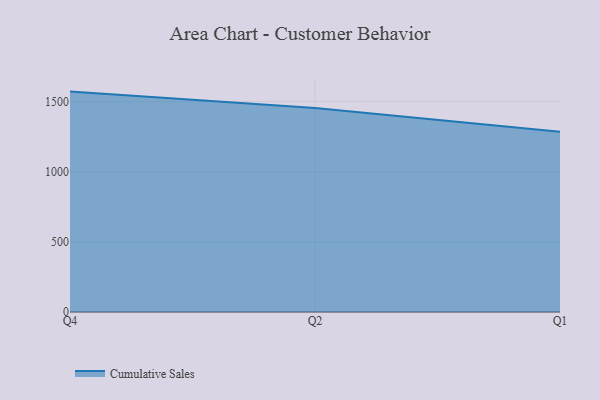
{"axis": {"x": "Quarter", "y": "Revenue (USD Million)"}, "legend": ["Cumulative Sales"], "data": [{"x": "Q4", "y": 1571.5, "type": "Cumulative Sales"}, {"x": "Q2", "y": 1454.7, "type": "Cumulative Sales"}, {"x": "Q1", "y": 1285.5, "type": "Cumulative Sales"}]}